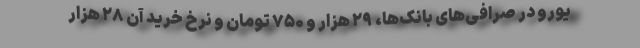
یورو در صرافی‌های بانک‌ها، ۲۹ هزار و ۷۵۰ تومان و نرخ خرید آن ۲۸ هزار